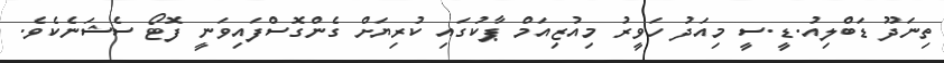
ތިނަދޫ ޑަބްލިއު.ޑީ.ސީ މިއަދު ހަވީރު މިއުޒިއަމް ޕާކުގައި ކުރިޔަށް ގެންގޮސްފައިވަނީ ފޮޓޯ ސެޝަނެކެވެ.